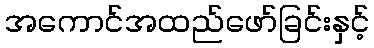
အကောင်အထည်ဖော်ခြင်းနှင့်